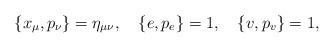
LaTeX: \begin{align*}\{x_\mu,p_\nu\}=\eta_{\mu\nu},\quad\{e,p_e\}=1,\quad\{v,p_v\}=1,\end{align*}